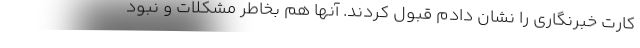
کارت خبرنگاری را نشان دادم قبول کردند. آنها هم بخاطر مشکلات و نبود